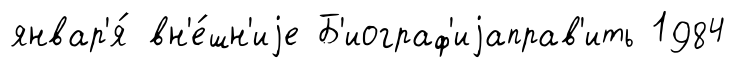
январ'я́ вн'е́шн'иjе Б'иограф'иjаправ'ить 1984